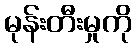
မုန်းတီးမှုကို